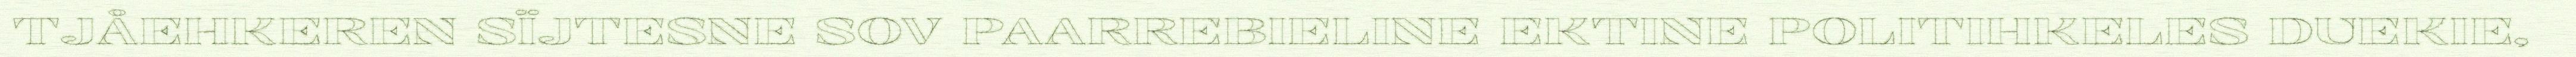
TJÅEHKEREN SÏJTESNE SOV PAARREBIELINE EKTINE POLITIHKELES DUEKIE,